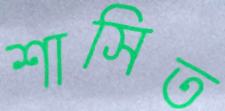
শাসিত